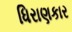
ધિરાણકાર